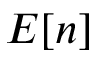
E [ n ]